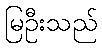
မြဦးသည်